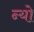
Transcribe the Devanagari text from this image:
न्यो